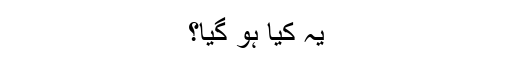
یہ کیا ہو گیا؟